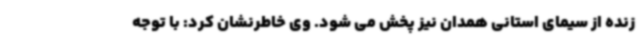
زنده از سیمای استانی همدان نیز پخش می شود. وی خاطرنشان کرد: با توجه